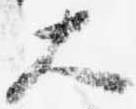
大